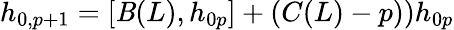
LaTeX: h_{0,p+1}=[\mathit{B}(L),h_{0p}]+\left(C(L)-p)\right)h_{0p}